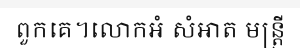
ពួកគេ។លោកអំ សំអាត មន្ត្រី